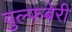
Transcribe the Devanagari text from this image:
वुल्फबेरी